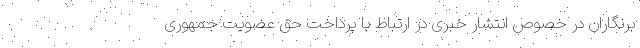
برنگاران در خصوص انتشار خبری در ارتباط با پرداخت حق عضویت جمهوری